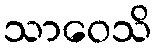
သာဝေသိ